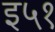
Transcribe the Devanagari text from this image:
इ५१